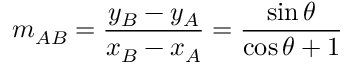
m _ { A B } = { \frac { y _ { B } - y _ { A } } { x _ { B } - x _ { A } } } = { \frac { \sin \theta } { \cos \theta + 1 } }